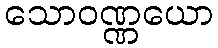
သောဝဏ္ဏယော